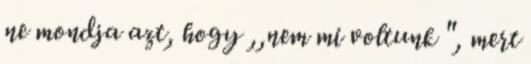
ne mondja azt, hogy ,,nem mi voltunk ", mert